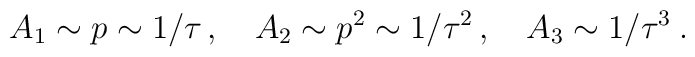
A_{1}\sim p\sim 1/\tau \, ,\quad A_{2}\sim p^{2}\sim 1/\tau ^{2}\, ,\quad A_{3}\sim 1/\tau ^{3}\: .